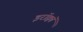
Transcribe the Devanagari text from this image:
इरॉक्वॉ